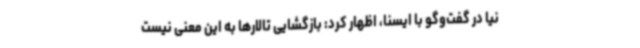
نیا در گفت‌وگو با ایسنا، اظهار کرد: بازگشایی تالارها به این معنی نیست